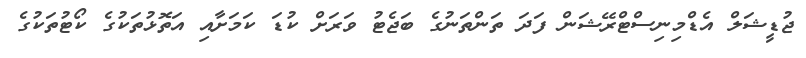
ޖުޑީޝަލް އެޑްމިނިސްޓްރޭޝަން ފަދަ ތަންތަނުގެ ބަޖެޓު ވަރަށް ކުޑަ ކަމަށާއި އަތޮޅުތަކުގެ ކޯޓުތަކުގެ